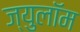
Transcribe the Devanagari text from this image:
ज्युलॉम